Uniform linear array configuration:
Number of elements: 8
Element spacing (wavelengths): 0.25
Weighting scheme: binomial
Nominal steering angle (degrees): -30
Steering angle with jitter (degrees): -30.227
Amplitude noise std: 0.05
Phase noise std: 0.05

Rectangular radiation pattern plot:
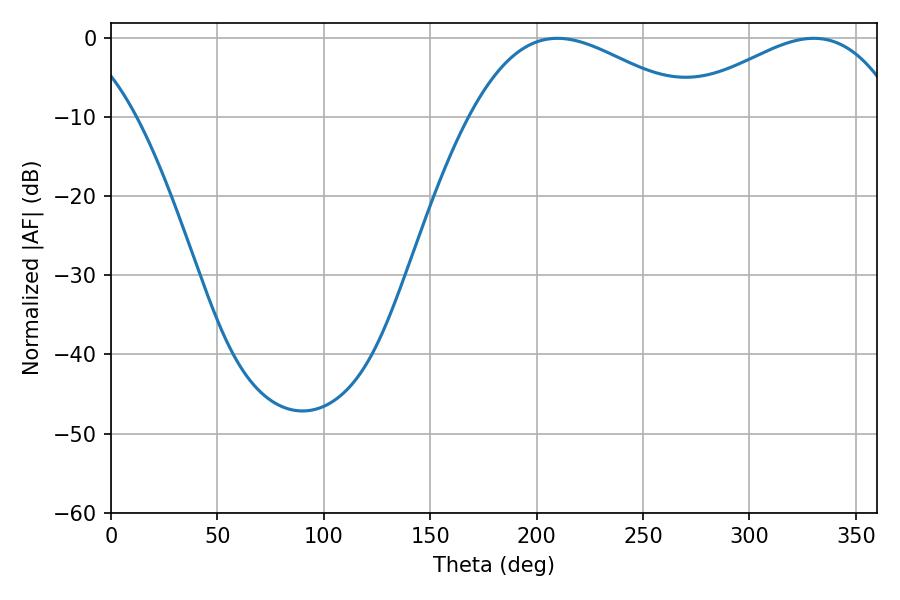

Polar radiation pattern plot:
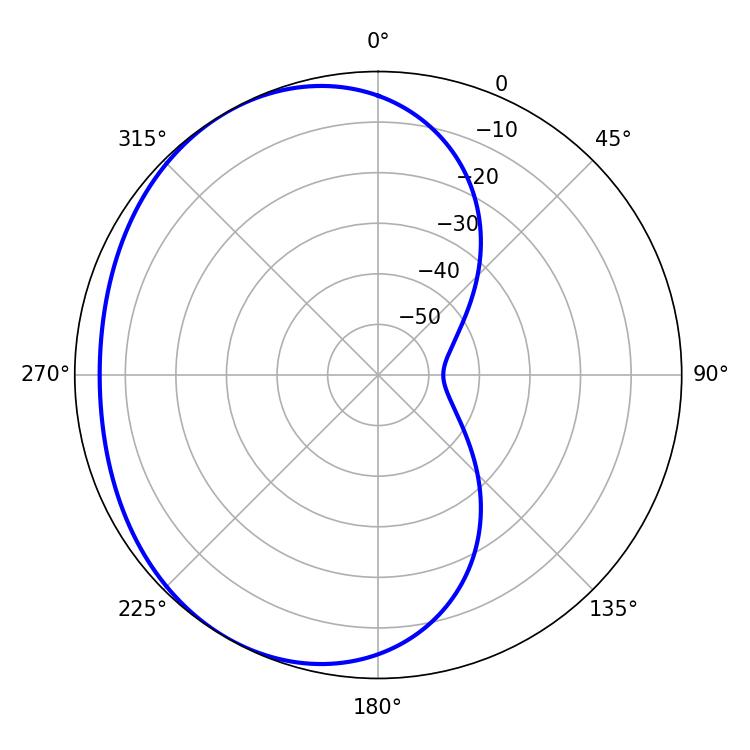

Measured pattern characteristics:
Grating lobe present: FALSE
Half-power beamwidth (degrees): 57.06
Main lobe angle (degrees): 209.7